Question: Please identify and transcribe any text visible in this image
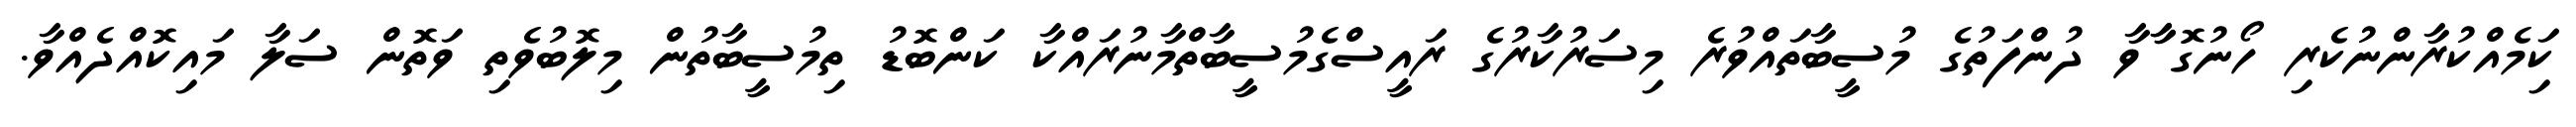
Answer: ކިަމެއްކުރާންނުކެރި ހޯނުގޮ ާާވާ ދުންފަތުގެ މުސީބާތައްވުރެ މިސަރުކާރުގެ ރައީސްގެމުސީބާތްމާނުރައްކާ ކަންބޮޑު ތިމުސީބާތުން މިލޮބުވެތި ވަތޮން ސަލާ މައިކޮއްދެއްވާ.